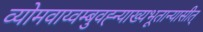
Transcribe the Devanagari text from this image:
व्योमवाय्वम्बुवह्न्याख्यभूतान्यासीत्